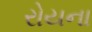
રોયના